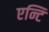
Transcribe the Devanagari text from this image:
एन्टि